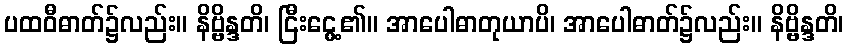
ပထဝီဓာတ်၌လည်း။ နိဗ္ဗိန္ဒတိ၊ ငြီးငွေ့၏။ အာပေါဓာတုယာပိ၊ အာပေါဓာတ်၌လည်း။ နိဗ္ဗိန္ဒတိ၊